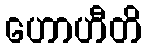
ဟောဟီတိ